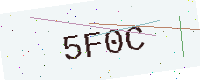
Text: 5F0C